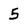
Character: 5